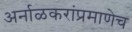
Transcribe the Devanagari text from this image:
अर्नाळकरांप्रमाणेच